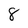
Character: 8